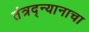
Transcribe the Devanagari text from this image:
तंत्रद्न्यानाचा